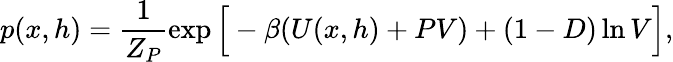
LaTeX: p(x,h)=\frac{1}{Z_{P}}\exp\Big[-\beta(U(x,h)+PV)+(1-D)\ln{V}\Big],